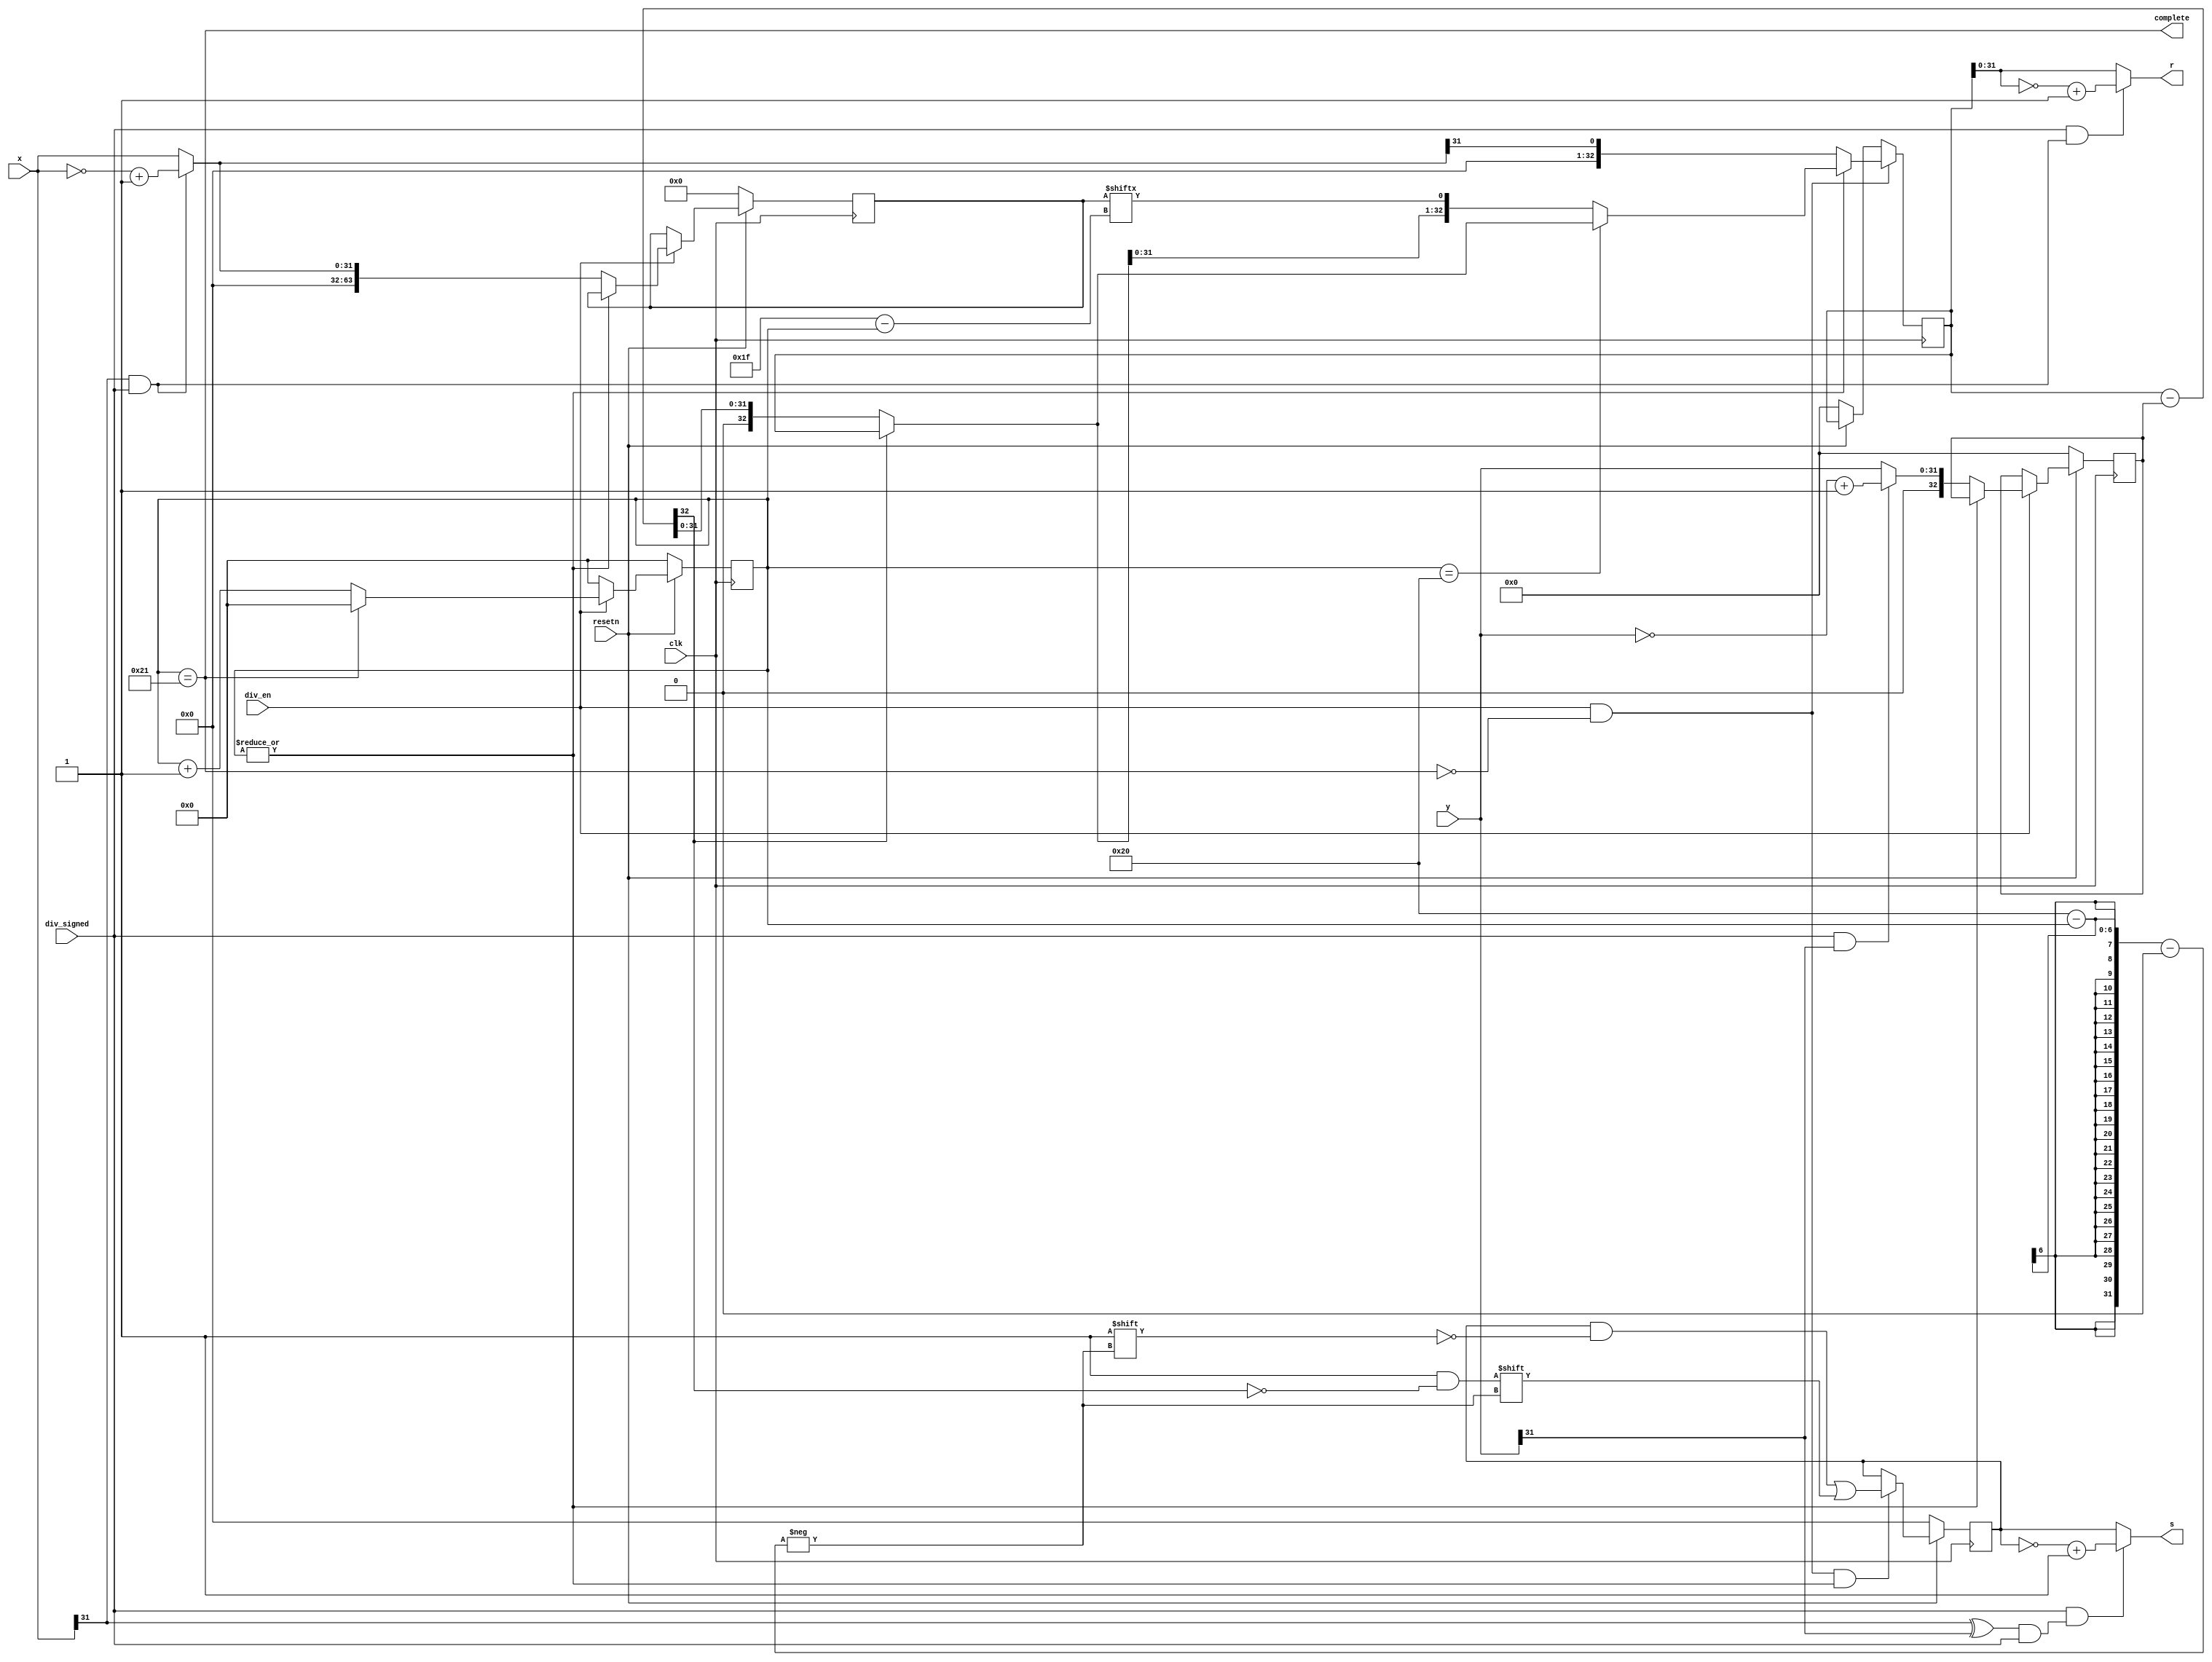
module div(
    input  wire         clk,
    input  wire         resetn,
    input  wire         div_en,
    input  wire         div_signed,
    input  wire [31:0]  x,   //
    input  wire [31:0]  y,   //
    output wire [31:0]  s,   //
    output wire [31:0]  r,   //
    output wire         complete //
);

wire        sign_s;
wire        sign_r;
wire [31:0] abs_x;
wire [31:0] abs_y;
wire [32:0] pre_r;
wire [32:0] recover_r;
reg  [63:0] x_pad;
reg  [32:0] y_pad;
reg  [31:0] s_r;
reg  [32:0] r_r;    // 
reg  [ 5:0] counter;

// 1.
assign sign_s = (x[31]^y[31]) & div_signed;
assign sign_r = x[31] & div_signed;
assign abs_x  = (div_signed & x[31]) ? (~x+1'b1): x;
assign abs_y  = (div_signed & y[31]) ? (~y+1'b1): y;
// 2.
assign complete = counter == 6'd33;
//
always @(posedge clk) begin
    if(~resetn) begin
        counter <= 6'b0;
    end
    else if(div_en) begin
        if(complete)
            counter <= 6'b0;
        else
            counter <= counter + 1'b1;
    end else begin      // , , . , .
        counter <= 6'h0;
    end
end
//, counter=0
always @(posedge clk) begin
    if(~resetn)
        {x_pad, y_pad} <= {64'b0, 33'b0};
    else if(div_en) begin
        if(~|counter)
            {x_pad, y_pad} <= {32'b0, abs_x, 1'b0, abs_y};
    end
end

//
assign pre_r = r_r - y_pad;                     //
assign recover_r = pre_r[32] ? r_r : pre_r;     //
always @(posedge clk) begin
    if(~resetn) 
        s_r <= 32'b0;
    else if(div_en & ~complete & |counter) begin
        s_r[32-counter] <= ~pre_r[32];
    end
end
always @(posedge clk) begin
    if(~resetn)
        r_r <= 33'b0;
    if(div_en & ~complete) begin
        if(~|counter)   //
            r_r <= {32'b0, abs_x[31]};
        else
            r_r <= (counter == 6'h20) ? recover_r : {recover_r[31:0], x_pad[31 - counter]};
    end
end
// 3.
assign s = div_signed & sign_s ? (~s_r+1'b1) : s_r;
assign r = div_signed & sign_r ? (~r_r[31:0]+1'b1) : r_r[31:0];


endmodule